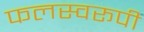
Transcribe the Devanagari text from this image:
फलस्वरूपी